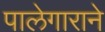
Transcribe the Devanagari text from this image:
पालेगाराने